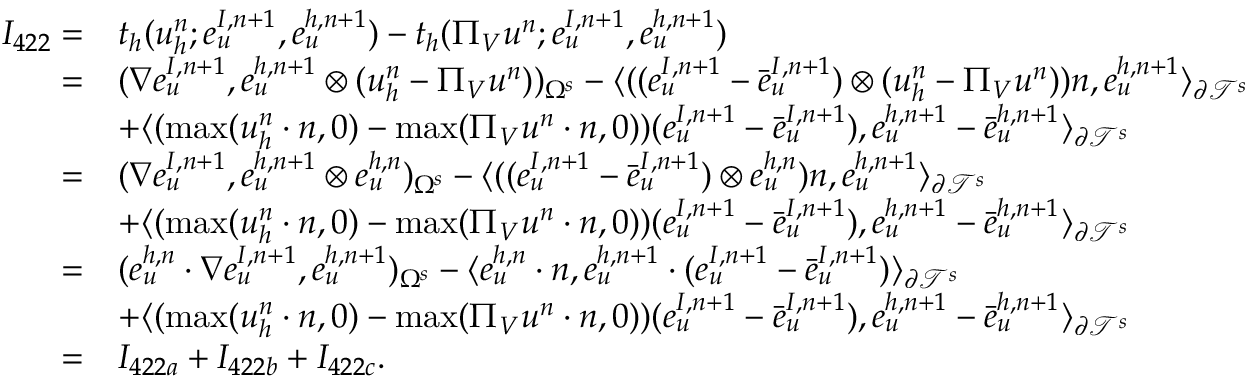
\begin{array} { r l } { I _ { 4 2 2 } = } & { t _ { h } ( u _ { h } ^ { n } ; \boldsymbol { e } _ { u } ^ { I , n + 1 } , \boldsymbol { e } _ { u } ^ { h , n + 1 } ) - t _ { h } ( \Pi _ { V } u ^ { n } ; \boldsymbol { e } _ { u } ^ { I , n + 1 } , \boldsymbol { e } _ { u } ^ { h , n + 1 } ) } \\ { = } & { ( \nabla e _ { u } ^ { I , n + 1 } , e _ { u } ^ { h , n + 1 } \otimes ( u _ { h } ^ { n } - \Pi _ { V } u ^ { n } ) ) _ { \Omega ^ { s } } - \langle ( ( e _ { u } ^ { I , n + 1 } - \bar { e } _ { u } ^ { I , n + 1 } ) \otimes ( u _ { h } ^ { n } - \Pi _ { V } u ^ { n } ) ) n , e _ { u } ^ { h , n + 1 } \rangle _ { \partial \mathcal { T } ^ { s } } } \\ & { + \langle ( \operatorname* { m a x } ( u _ { h } ^ { n } \cdot n , 0 ) - \operatorname* { m a x } ( \Pi _ { V } u ^ { n } \cdot n , 0 ) ) ( e _ { u } ^ { I , n + 1 } - \bar { e } _ { u } ^ { I , n + 1 } ) , e _ { u } ^ { h , n + 1 } - \bar { e } _ { u } ^ { h , n + 1 } \rangle _ { \partial \mathcal { T } ^ { s } } } \\ { = } & { ( \nabla e _ { u } ^ { I , n + 1 } , e _ { u } ^ { h , n + 1 } \otimes e _ { u } ^ { h , n } ) _ { \Omega ^ { s } } - \langle ( ( e _ { u } ^ { I , n + 1 } - \bar { e } _ { u } ^ { I , n + 1 } ) \otimes e _ { u } ^ { h , n } ) n , e _ { u } ^ { h , n + 1 } \rangle _ { \partial \mathcal { T } ^ { s } } } \\ & { + \langle ( \operatorname* { m a x } ( u _ { h } ^ { n } \cdot n , 0 ) - \operatorname* { m a x } ( \Pi _ { V } u ^ { n } \cdot n , 0 ) ) ( e _ { u } ^ { I , n + 1 } - \bar { e } _ { u } ^ { I , n + 1 } ) , e _ { u } ^ { h , n + 1 } - \bar { e } _ { u } ^ { h , n + 1 } \rangle _ { \partial \mathcal { T } ^ { s } } } \\ { = } & { ( e _ { u } ^ { h , n } \cdot \nabla e _ { u } ^ { I , n + 1 } , e _ { u } ^ { h , n + 1 } ) _ { \Omega ^ { s } } - \langle e _ { u } ^ { h , n } \cdot n , e _ { u } ^ { h , n + 1 } \cdot ( e _ { u } ^ { I , n + 1 } - \bar { e } _ { u } ^ { I , n + 1 } ) \rangle _ { \partial \mathcal { T } ^ { s } } } \\ & { + \langle ( \operatorname* { m a x } ( u _ { h } ^ { n } \cdot n , 0 ) - \operatorname* { m a x } ( \Pi _ { V } u ^ { n } \cdot n , 0 ) ) ( e _ { u } ^ { I , n + 1 } - \bar { e } _ { u } ^ { I , n + 1 } ) , e _ { u } ^ { h , n + 1 } - \bar { e } _ { u } ^ { h , n + 1 } \rangle _ { \partial \mathcal { T } ^ { s } } } \\ { = } & { I _ { 4 2 2 a } + I _ { 4 2 2 b } + I _ { 4 2 2 c } . } \end{array}